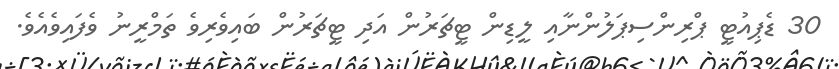
30 ޑެޕިއުޓީ ޕްރިންސިޕަލުންނާއި ލީޑިން ޓީޗަރުން އަދި ޓީޗަރުން ބައިވެރިވެ ތަމްރީނު ވެފައިވެއެވެ.